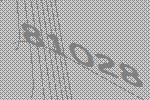
81028